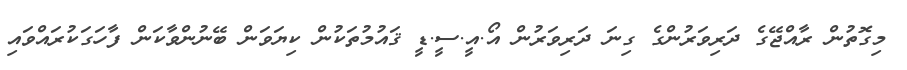
މިގޮތުން ރާއްޖޭގެ ދަރިވަރުންގެ ގިނަ ދަރިވަރުން އޯ.އީ.ސީ.ޑީ ޤައުމުތަކުން ކިޔަވަން ބޭނުންވާކަން ފާހަގަކުރައްވައި